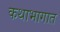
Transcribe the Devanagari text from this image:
कथाभागात